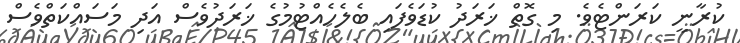
ކުރާނީ ކަރަންޓެވެ. މި ގޮތް ޚަރަދު ކުޑަވެފައި ބެލެހެއްޓުމުގެ ޚަރަދުވެސް އަދި މަސައްކަތްވެސް